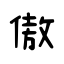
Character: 傲